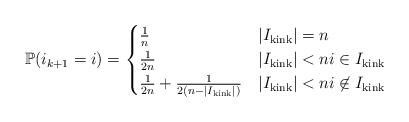
LaTeX: \begin{align*}\mathbb P(i_{k+1} = i) = \begin{cases}\frac{1}{n} & |I_{\mathrm{kink}}| = n \\\frac{1}{2n} & |I_{\mathrm{kink}}| < n i \in I_{\mathrm{kink}} \\ \frac{1}{2n} + \frac{1}{2 (n - |I_{\mathrm{kink}}|)} & |I_{\mathrm{kink}}| < n i \not \in I_{\mathrm{kink}}\end{cases}\end{align*}